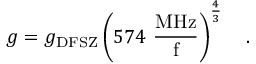
g = g _ { \mathrm { D F S Z } } \left( { 5 7 4 ~ \mathrm { \frac { M H z } { f } } } \right) ^ { \frac { 4 } { 3 } } ~ ~ \ .